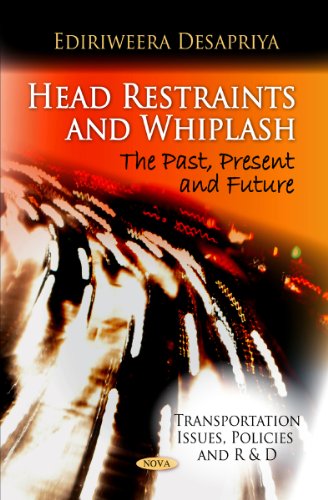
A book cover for Head Restraints and Whiplash: The Past, Present and Future (Transportation Issues, Policies and R&D); Ediriweera Desapriya; Medical Books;